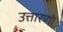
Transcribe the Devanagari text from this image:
उत्तारणो